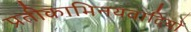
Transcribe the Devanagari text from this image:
प्रतीकाभिनयवादियों